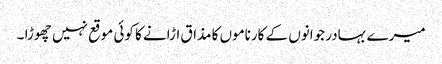
میرے بہادر جوانوں کے کارناموں کا مذاق اڑانے کا کوئی موقع نہیں چھوڑا ۔